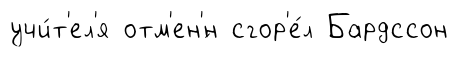
учи́т'ел'я отм'ен'́н сгор'е́л Бардссон